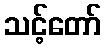
သင့်တော်